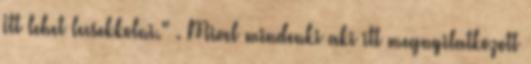
Itt lehet lecsekkolni." . Mivel mindenki aki itt megnyilatkozott